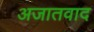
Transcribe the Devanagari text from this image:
अजातवाद